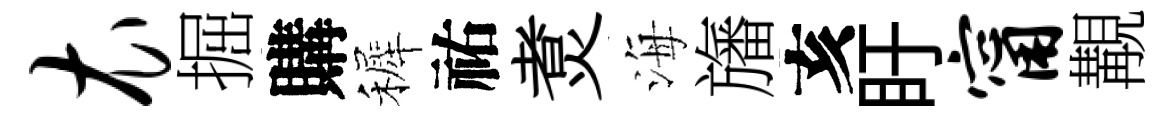
衣掘購裤祐煑海旛亥盱甯覯